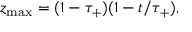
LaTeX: z _ { \mathrm { \small m a x } } = ( 1 - \tau _ { + } ) ( 1 - t / \tau _ { + } ) ,